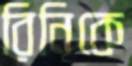
রিনিকে